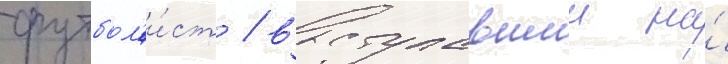
футбол'и́ст / выступавшии на́